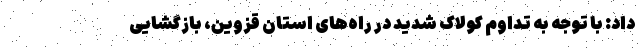
داد: با توجه به تداوم کولاک شدید در راه‌های استان قزوین، بازگشایی